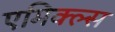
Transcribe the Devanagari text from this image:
एमिक्ल्स